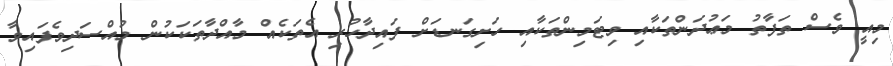
މިއީ ވެސް ތަފާތު މަޢުދަންތަކާއި ވިޓަމިންތަކާއި ހަށިގަނޑަށް ފައިދާހުރި އެތަކެއް މާއްދާތަކަކުން މުއްސަދިވެފައިވާ